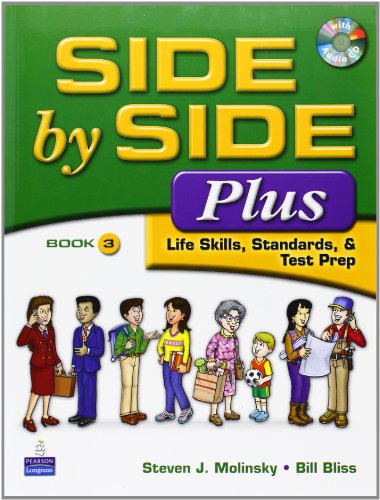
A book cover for Side by Side Plus 3 - Life Skills, Standards & Test Prep (3rd Edition); Steven J. Molinsky; Reference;